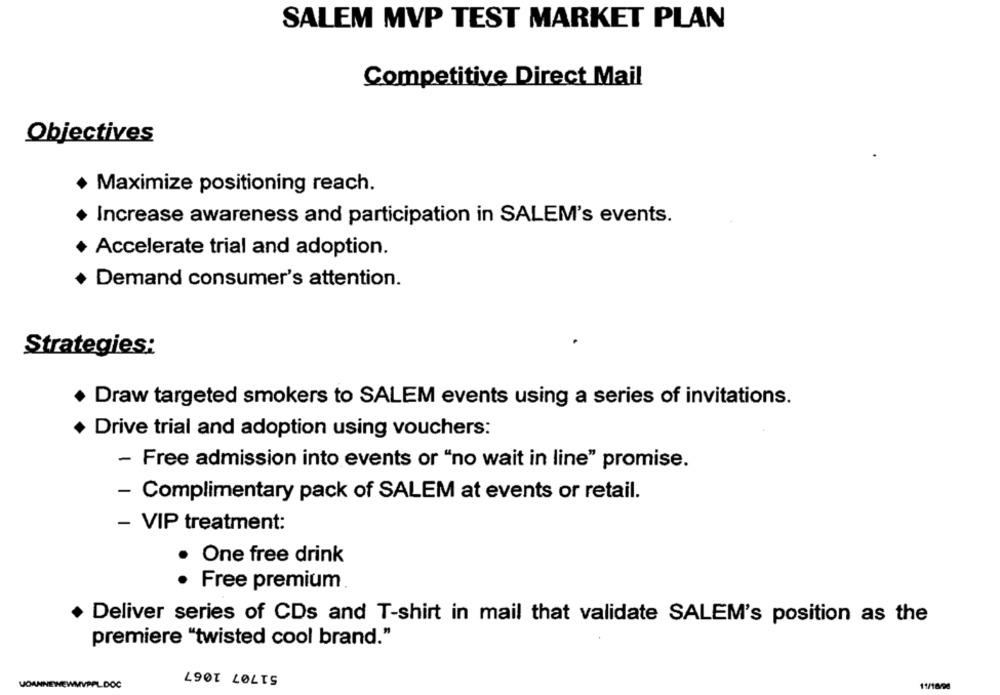
SALEM MVP TEST MARKET PLAN
Competitive Direct Mail
Objectives
+ Maximize positioning reach.
Increase awareness and participation in SALEM's events.
+ Accelerate trial and adoption.
Demand consumer's attention.
Strategies:
Draw targeted smokers to SALEM events using a series of invitations.
Drive trial and adoption using vouchers:
- Free admission into events or "no wait in line" promise.
- Complimentary pack of SALEM at events or retail.
- VIP treatment:
One free drink
. Free premium
Deliver series of CDs and T-shirt in mail that validate SALEM's position as the
premiere "twisted cool brand."
51707 1067
VOANNEEWMVPPL.DOC
11/18/94